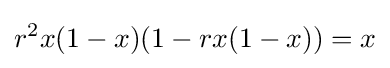
r^{2}x(1-x)(1-rx(1-x))=x